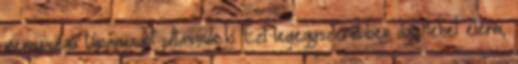
mennyiségű tápanyagot juttassuk ki. Ezt legegyszerűbben úgy lehet elérni,